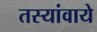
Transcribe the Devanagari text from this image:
तस्यांवाये